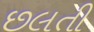
છલતી